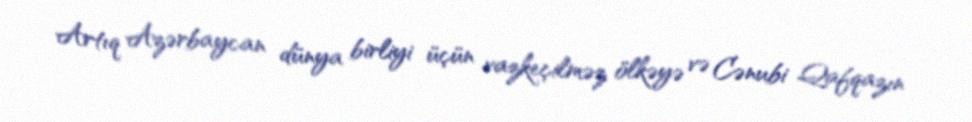
Artıq Azərbaycan dünya birliyi üçün vazkeçilməz ölkəyə və Cənubi Qafqazın